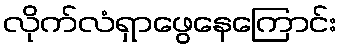
လိုက်လံရှာဖွေနေကြောင်း